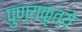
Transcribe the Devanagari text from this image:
पुण्यकृत्ये